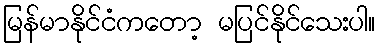
မြန်မာနိုင်ငံကတော့ မပြင်နိုင်သေးပါ။